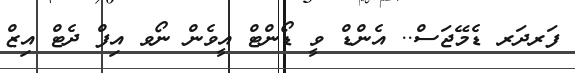
ފަރދަރ ޑެމޭޖަސް.. އެންޑް ވީ ޑޯންޓް އީވެން ނޯވ އިފް ދެޓް އިޒް